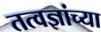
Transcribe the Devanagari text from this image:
तत्वज्ञांच्या